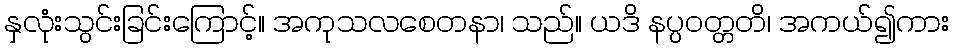
နှလုံးသွင်းခြင်းကြောင့်။ အကုသလစေတနာ၊ သည်။ ယဒိ နပ္ပဝတ္တတိ၊ အကယ်၍ကား